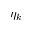
\eta _ { k }